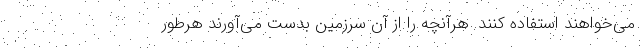
می‌‌خواهند استفاده کنند. هرآنچه را از آن سرزمین بدست می‌آورند هرطور